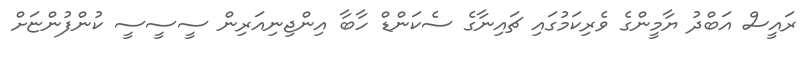
ރައީސް އަބްދު ޔާމީންގެ ވެރިކަމުގައި ޗައިނާގެ ސެކަންޑް ހާބާ އިންޖިނިއަރިން ސީސީސީ ކުންފުންޏަށް